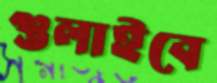
গুলাইবে